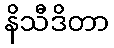
နိသီဒိတာ